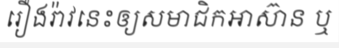
រឿងរ៉ាវនេះឲ្យសមាជិកអាស៊ាន ឬ